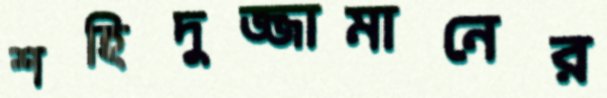
শহিদুজ্জামানের